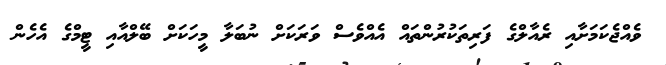
ވެއްޖެކަމަށާއި ރެއާލްގެ ފަރިތަކުރުންތައް އެއްވެސް ވަރަކަށް ނުބަލާ މީހަކަށް ބޭލްއާއި ޓީމްގެ އެހެން